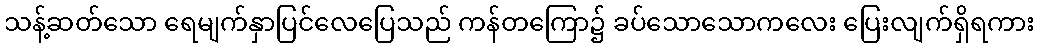
သန့်ဆတ်သော ရေမျက်နှာပြင်လေပြေသည် ကန်တကြော၌ ခပ်သောသောကလေး ပြေးလျက်ရှိရကား